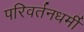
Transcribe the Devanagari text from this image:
परिवर्तनधर्मी